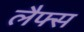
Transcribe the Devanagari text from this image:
लैफ्स